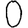
Digit: 0